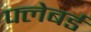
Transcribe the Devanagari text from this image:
फ्लेबर्ड